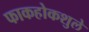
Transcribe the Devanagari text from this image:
फाकहोकशुले